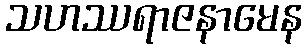
သဟဿရာဇနာမေန